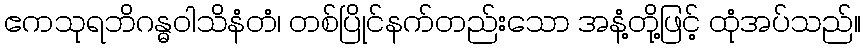
ဧကသုရဘိဂန္ဓဝါသိနံတံ၊ တစ်ပြိုင်နက်တည်းသော အနံ့တို့ဖြင့် ထုံအပ်သည်။